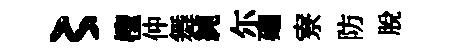
〻檉仲舞純尓廽寮防脱